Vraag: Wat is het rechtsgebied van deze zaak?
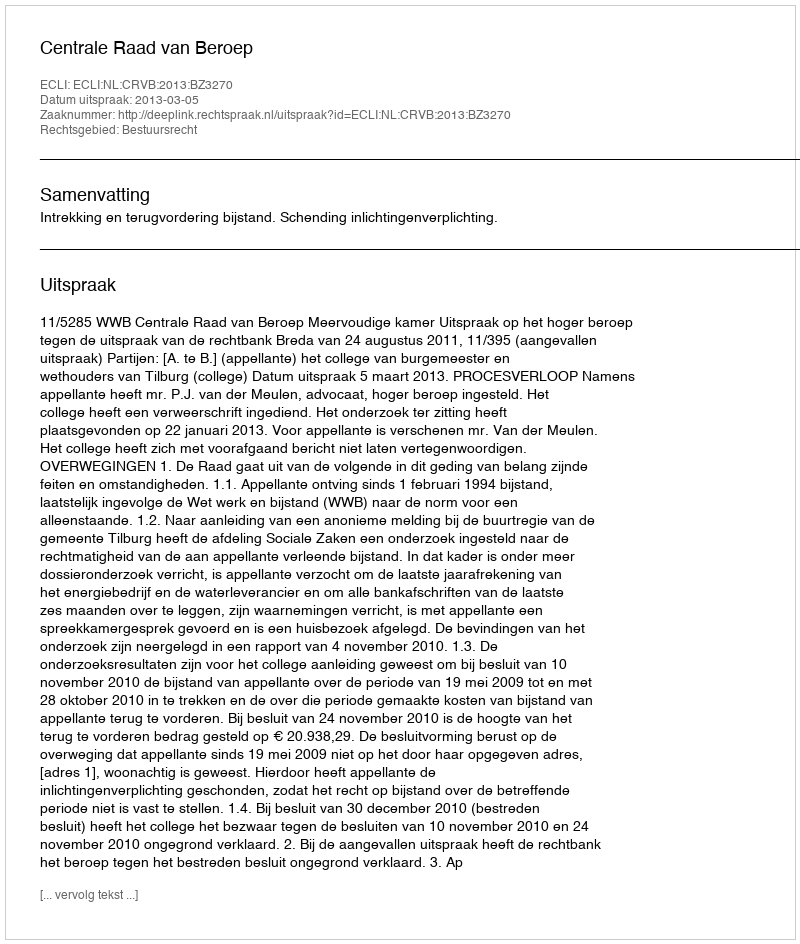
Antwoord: Bestuursrecht